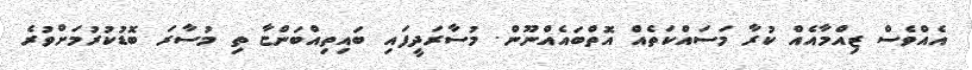
އެއްވެސް ޒިއްމާއެއް ކުރާ މަސައްކަތެއް އޮތްބައެއްނޫން. މުސާރަދީފައި ބައިތިއްބަންޏާ ތި މުސާރަ ބޮޑުކުރުމަށްވުރެ